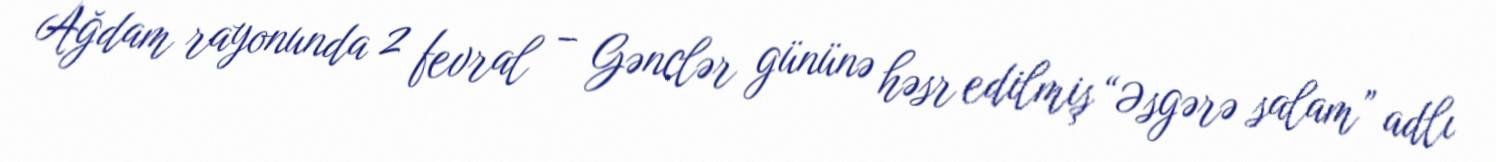
Ağdam rayonunda 2 fevral – Gənclər gününə həsr edilmiş “Əsgərə salam” adlı